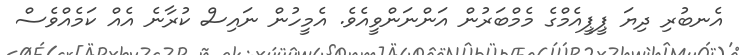
އެނބުރި ދިޔަ ޕީޕީއެމްގެ މެމްބަރުން އަންނަންވީއެވެ. އެމީހުން ނައިސް ކުރާނެ އެއް ކަމެއްވެސް